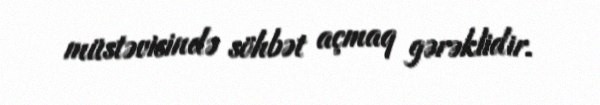
müstəvisində söhbət açmaq gərəklidir.